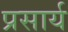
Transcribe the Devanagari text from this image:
प्रसार्य